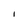
Character: I